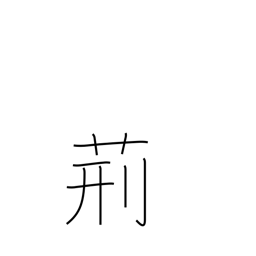
Meaning: whip